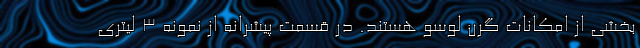
بخشی از امکانات گرن لوسو هستند. در قسمت پیشرانه از نمونه 3 لیتری